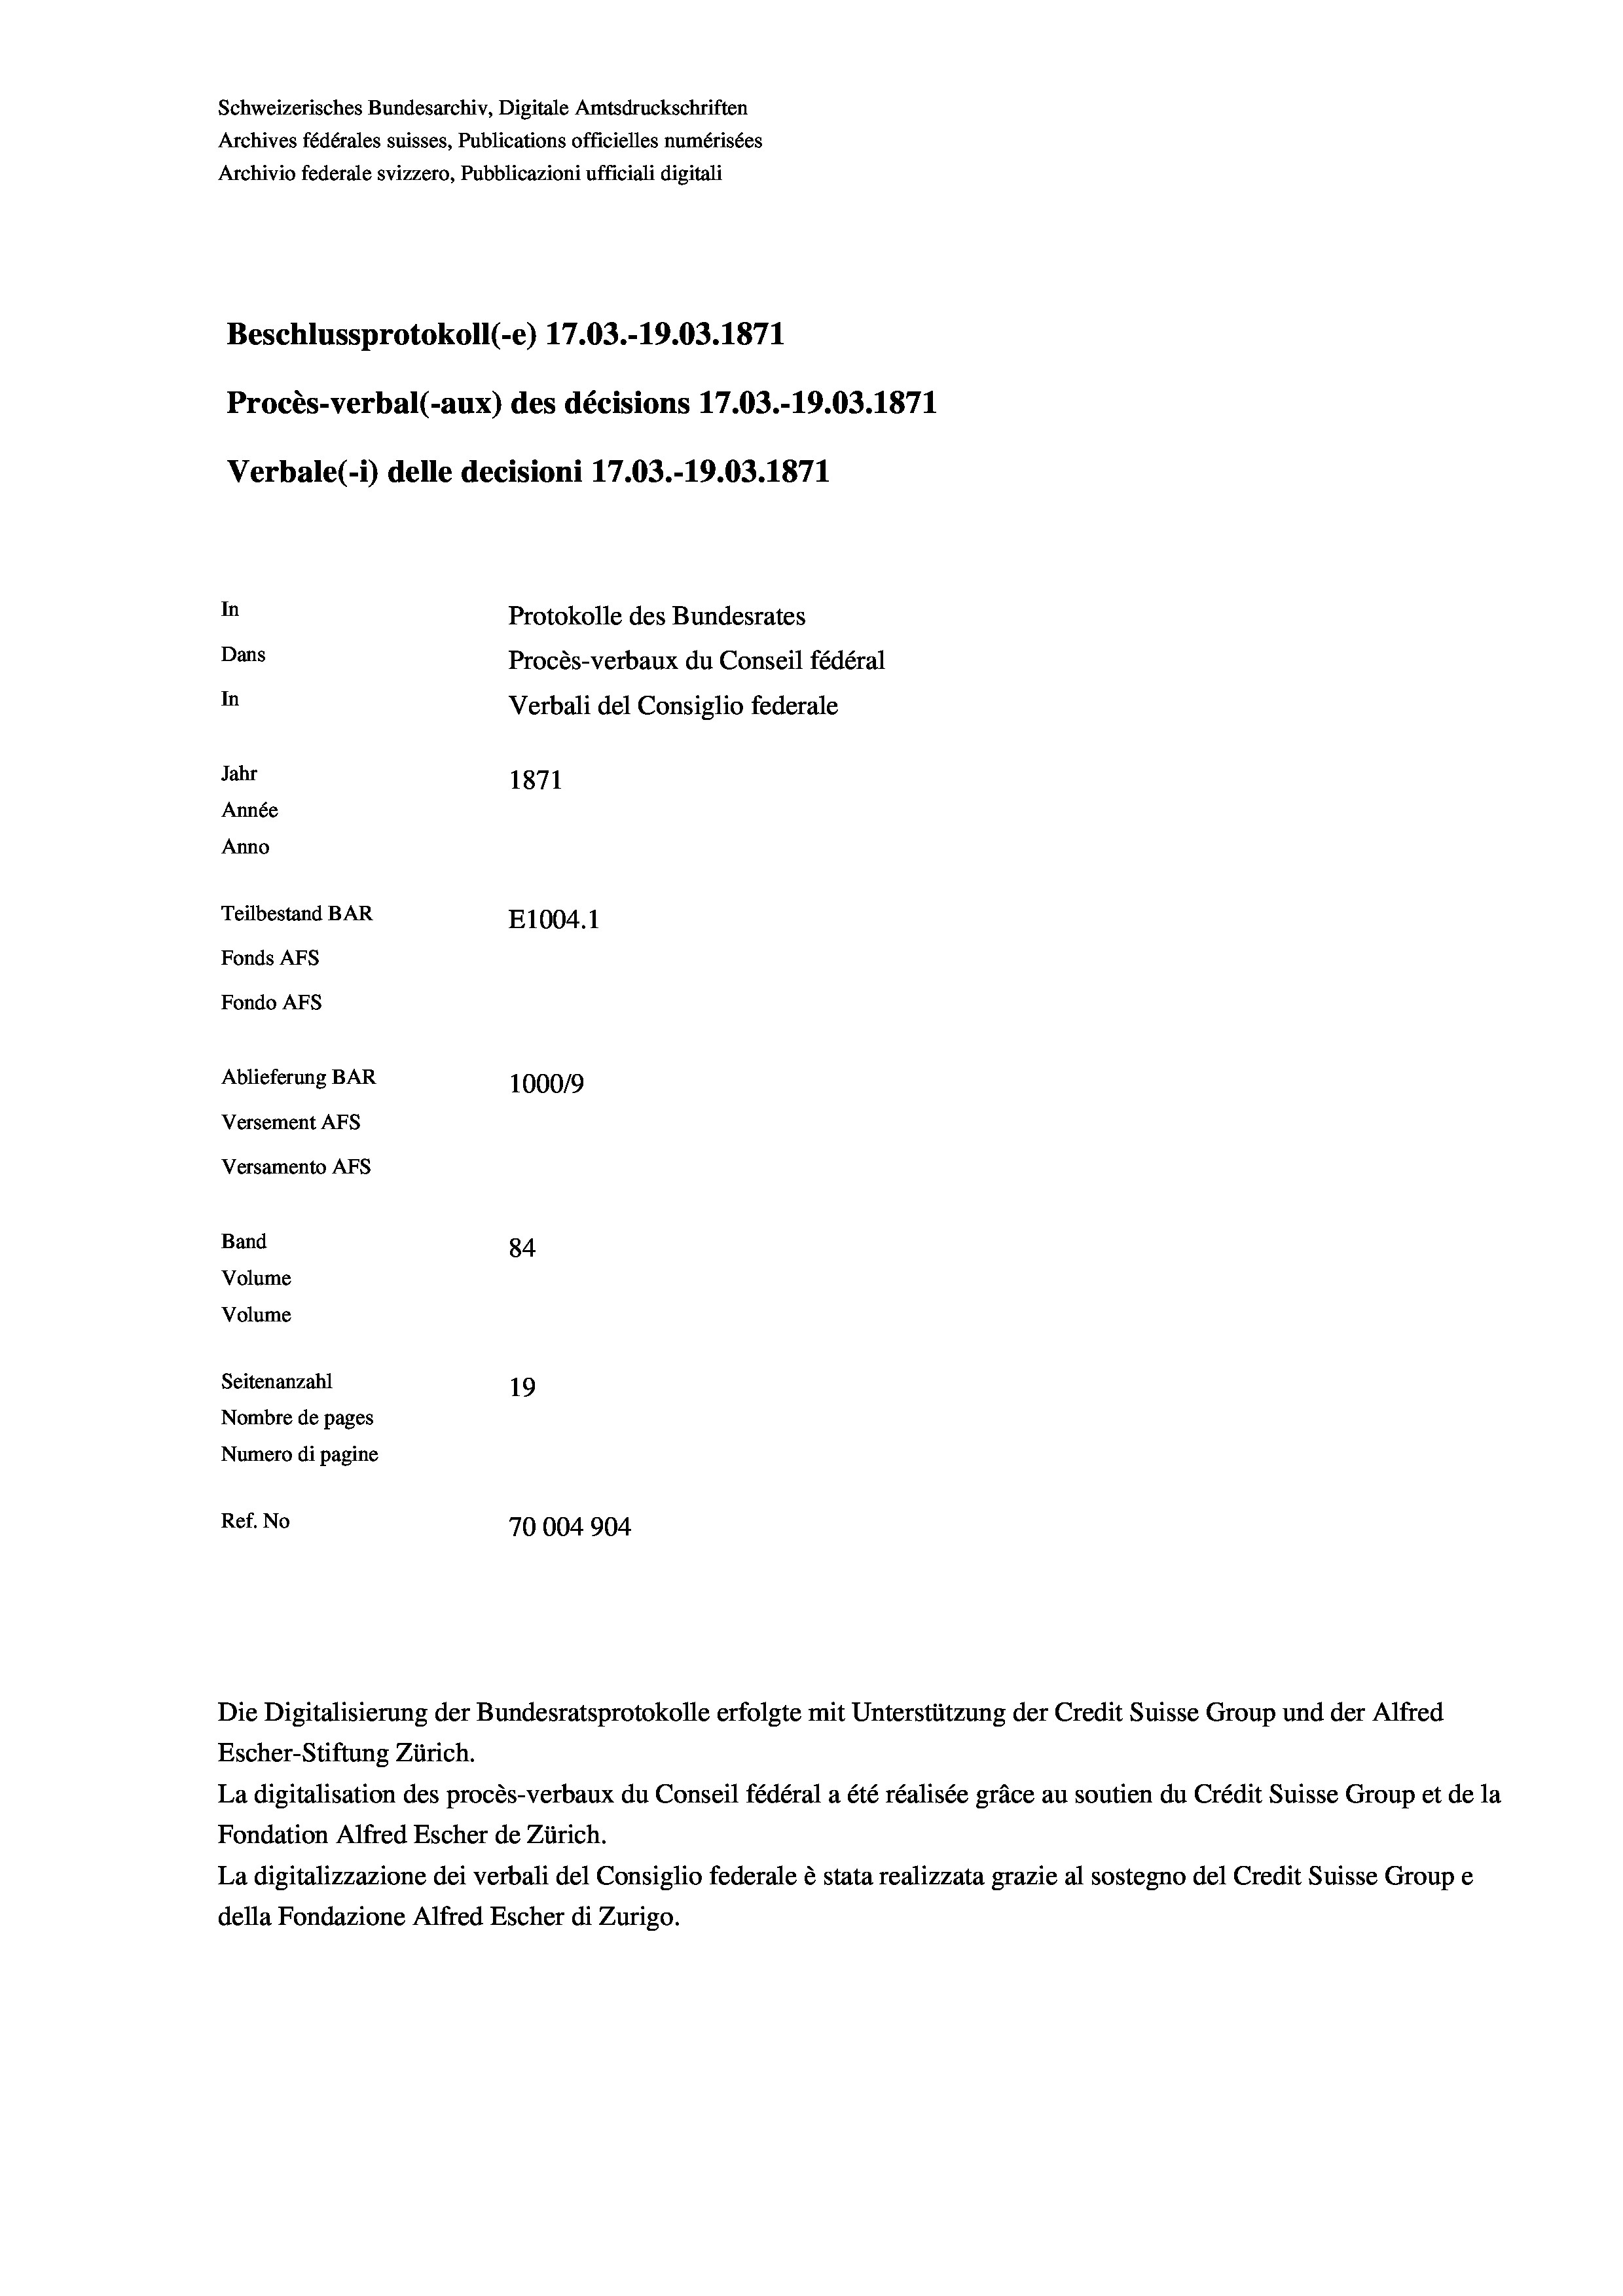
Schweizerisches Bundesarchiv, Digitale Amtsdruckschriften
Archives fédérales suisses, Publications officielles numérisées
Archivio federale svizzero, Pubblicazioni ufficiali digitali
Beschlussprotokoll (-e) 17.03.-19.03. 1871
Procès-verbal (-aux) des décisions 17.03.-19.03. 1871
Verbale (- 1) delle decisioni 17.03.-19.03. 1871
In
Protokolle des Bundesrates
Dans
Procès-verbaux du Conseil fédéral
In
Verbali del Consiglio federale
Jahr
1871
Année
Anno
Teilbestand BAR
E1004. 1
Fonds AFs
Fondo AFS
Ablieferung BAR
100019
Versement AFs
Versamento AFs
Band
84
Volume
Volume
Seitenanzahl
19
Nombre de pages
Numero di pagine
Ref. No
70004904

La digitalisation des procès-verbaux du Conseil fédéral a été réalisée gräce au soutien du Crédit Suisse Group et de la
Fondation Alfred Escher de Zürich.
La digitalizzazione dei verbali del Consiglio federale è stata realizzata grazie al sostegno del Credit Suisse Groupe
della Fondazione Alfred Escher di Zurigo.

Escher-Stiftung Zürich.

Die Digitalisierung der Bundesratsprotokolle erfolgte mit Unterstützung der Credit Suisse Group und der Alfred